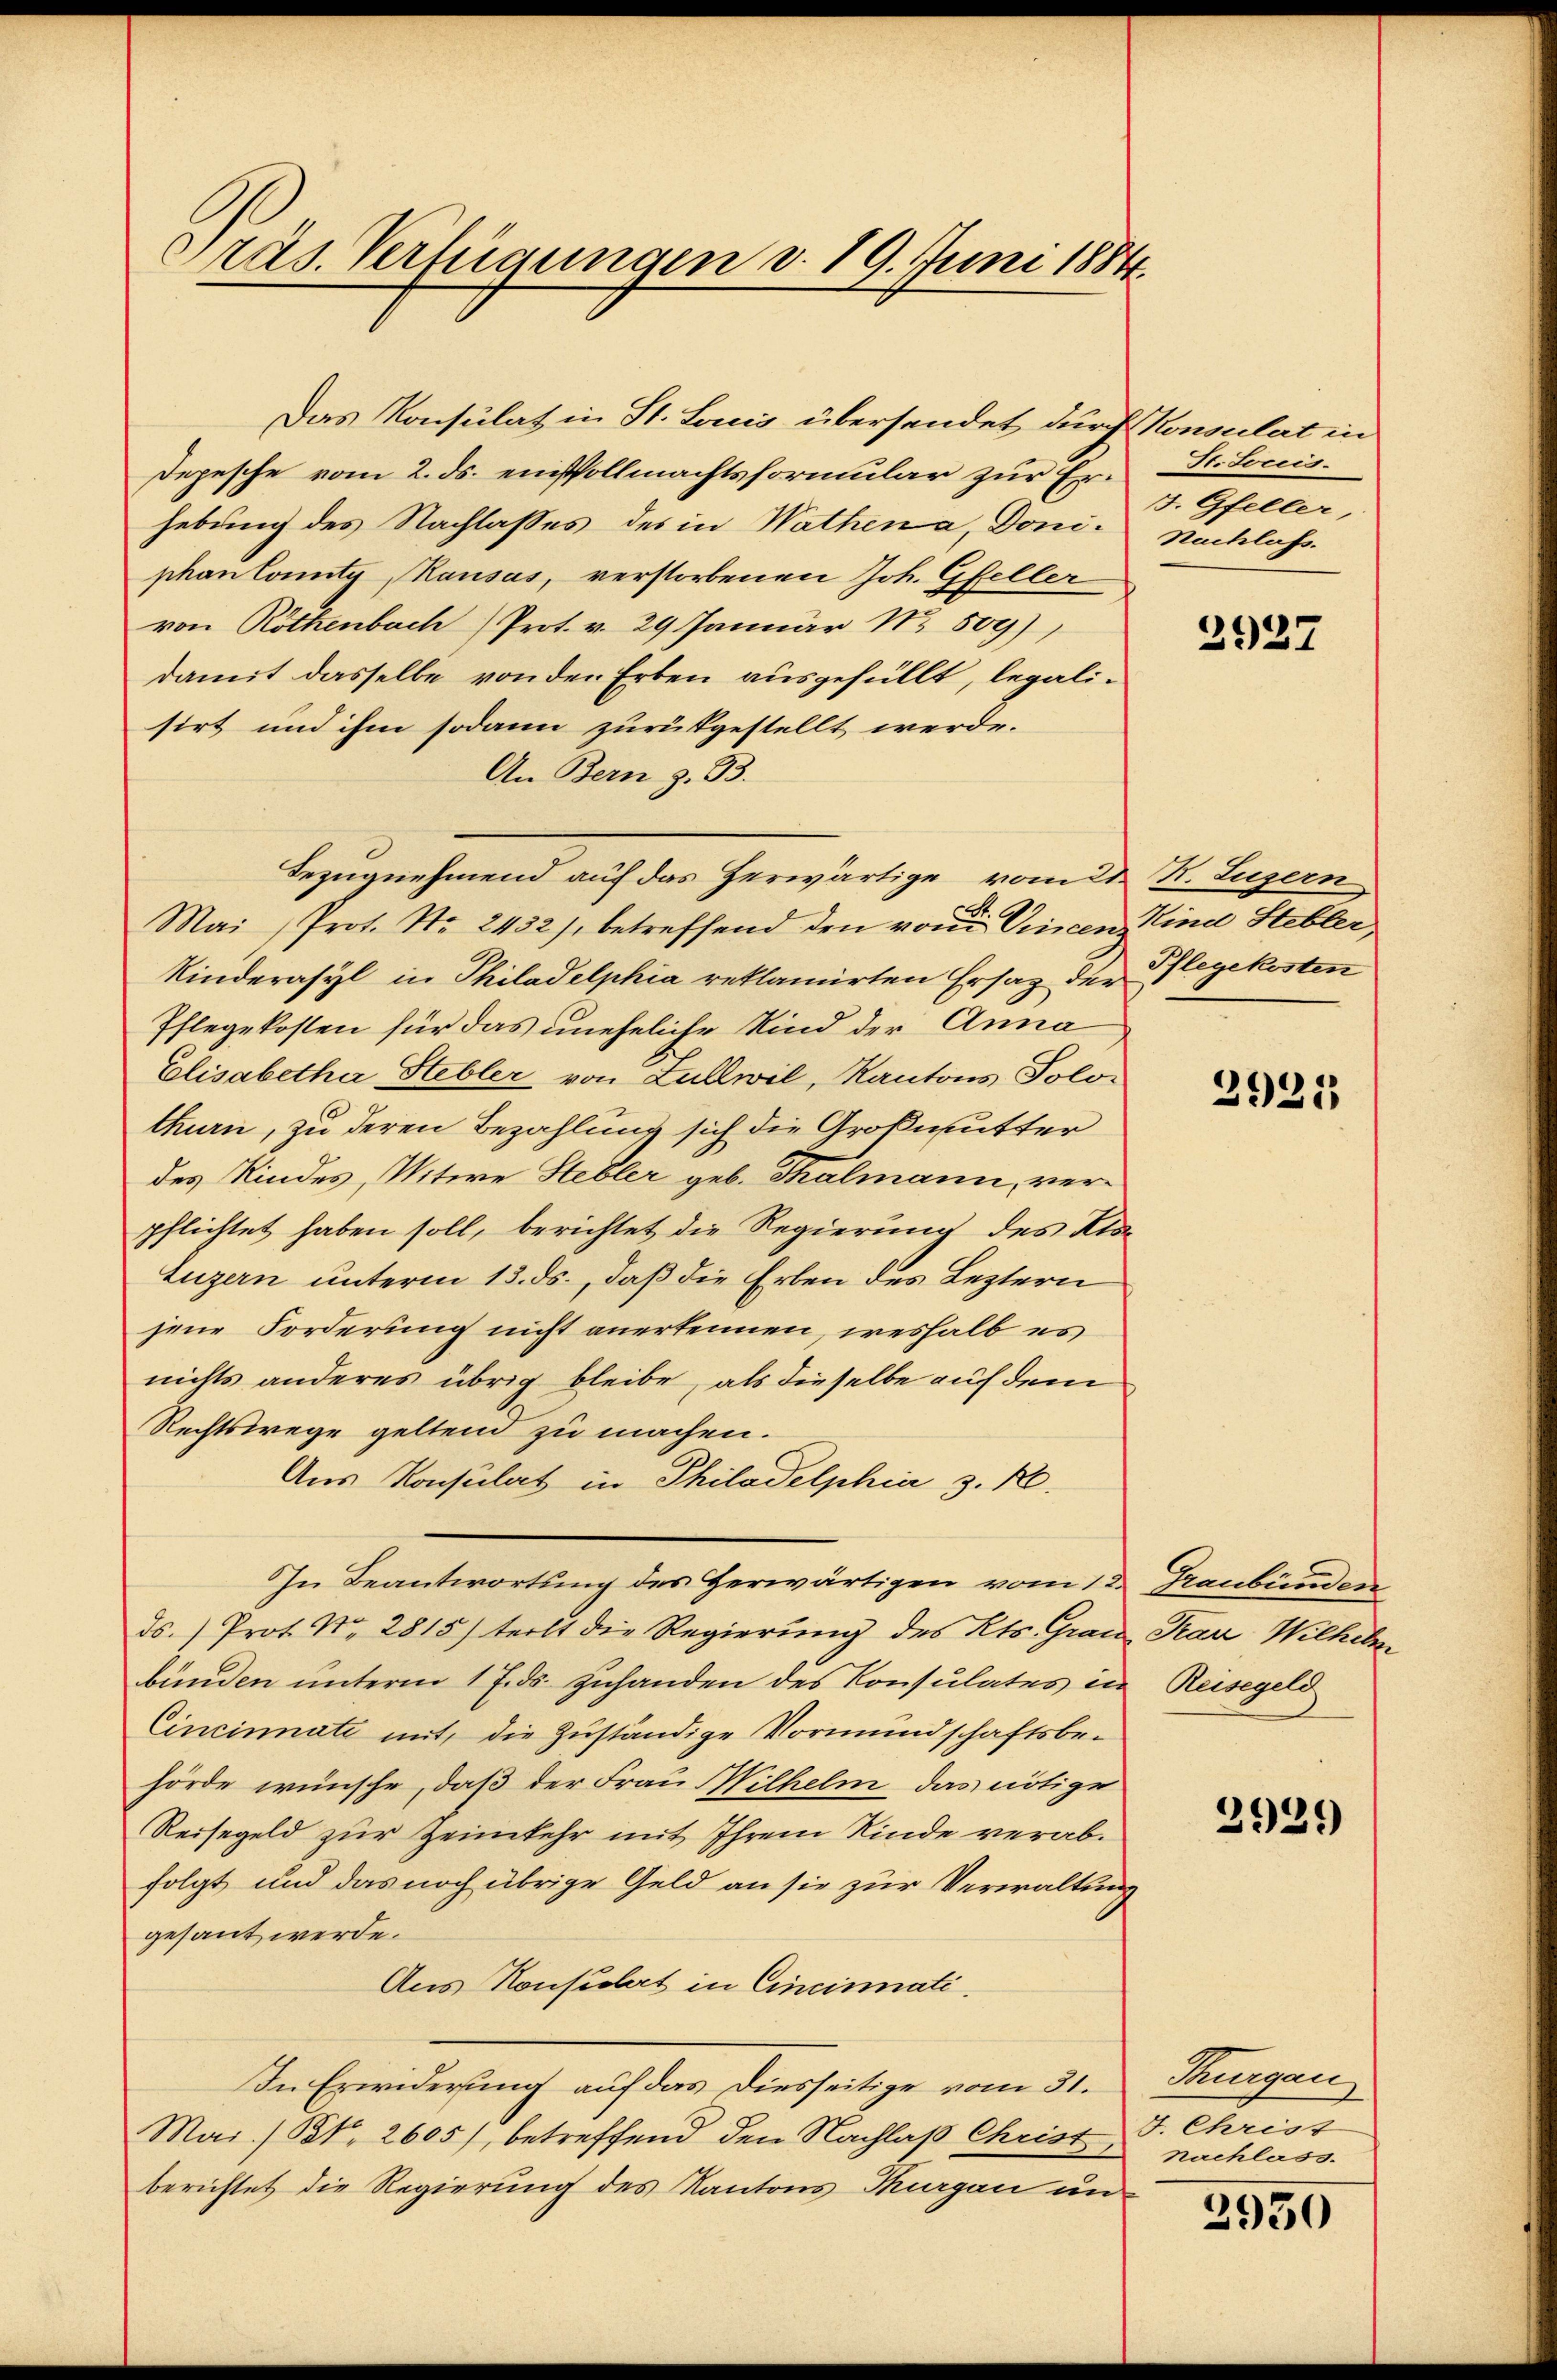
Präs. Verfügungen v. 19. Juni 1884.

Das Konsulat in St. Louis übersendet durch Konsulat in
Depesche vom 2. ds. einsvollmachtsformular zur Er- Dr. Louis.
hebung des Nachlasses des in Wathen a, Doniphan County Kausas, verstorbenen Joh. Gfeller
von Röthenbach Prot. v. 29 Januar Nr. 509),
damit dasselbe von der Erben ausgefüllt, legalisirt und ihm sodann zurükgestellt werde.
An Bern z. 33.
Bezugnehmend auf das herwärtige vom 21. N. Luzern
Mai, Prot. No. 2432), betreffend den von Vincen Kind Stebler,
Kinderasyl in Philadelphia reklamirten Ersatz der Pflegekosten
Pflegekosten für das uneheliche Kind der Anna
Elisabetha Stebler von Lullwil, Kantons Solo-
thurn, zu deren Bezahlung sich die Großmutter
des Kindes, Witwe Stebler geb. Thalmann, verpflichtet haben soll, berichtet die Regierung des Klo¬
Luzern unterm 13. ds., daß die Erben des Leztern
jene Forderung nicht anerkennen, weshalb es
nichts anderes übrig bleibe, als dieselbe auf dem
Rechtswege geltend zu machen.
Aus Konsulat in Philadelphia z. R.
In Beantwortung des Herwärtigen vom 12. Graubünden
ds.) Prot. N. 2815) teilt die Regierung des Kts. Grau Franz Wilhelm
bunden unterm 17. ds. zuhanden des Konsulates in
Cincinate mit, die Zuständige Vormundschaftsbehörde wünsche, daß der Frau Wilhelm, das nötige
Reisegeld zur Zeimkehr mit Ihrem Kinde verabfolgt und das noch übrige Geld an sie zur Verwaltung
gesant werde.
Aus Konsulat in Cincinati
In Erwiderung auf das diesseitige vom 31.
Mai/ B. 2605), betreffend den Nachlaß Christ, J. Christ
berichtet die Regierung des Kantons Thurgau un

J. Gfeller,
Nachlass.

2927

2921

Reisegeld

2929

Thurgau
nachlass.

2950